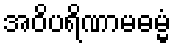
အဝိပရိဏာမဓမ္မံ